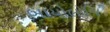
બાયોલોજિ